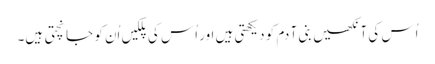
اُس کی آنکھیں بنی آ دم کو دیکھتی ہیں اور اُس کی پلکیں اُن کو جانچتی ہیں۔